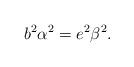
LaTeX: \begin{align*}b^{2}\alpha^{2}=e^{2}\beta^{2}.\end{align*}